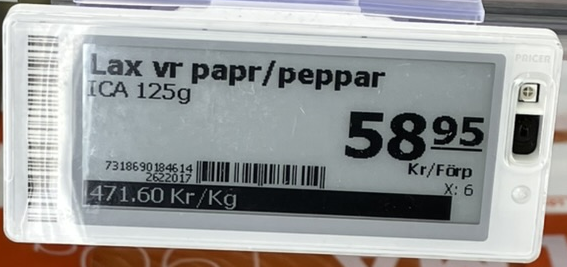
Vara: Lax vr papr/peppar
Genomsnittspris: 471.6 per kg